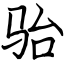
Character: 骀